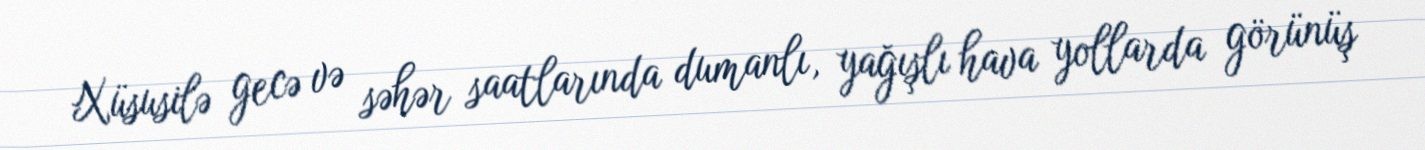
Xüsusilə gecə və səhər saatlarında dumanlı, yağışlı hava yollarda görünüş